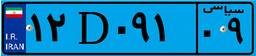
۴۸D۱۲۶۶۹